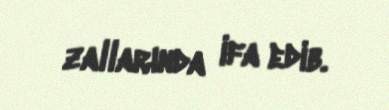
zallarında ifa edib.